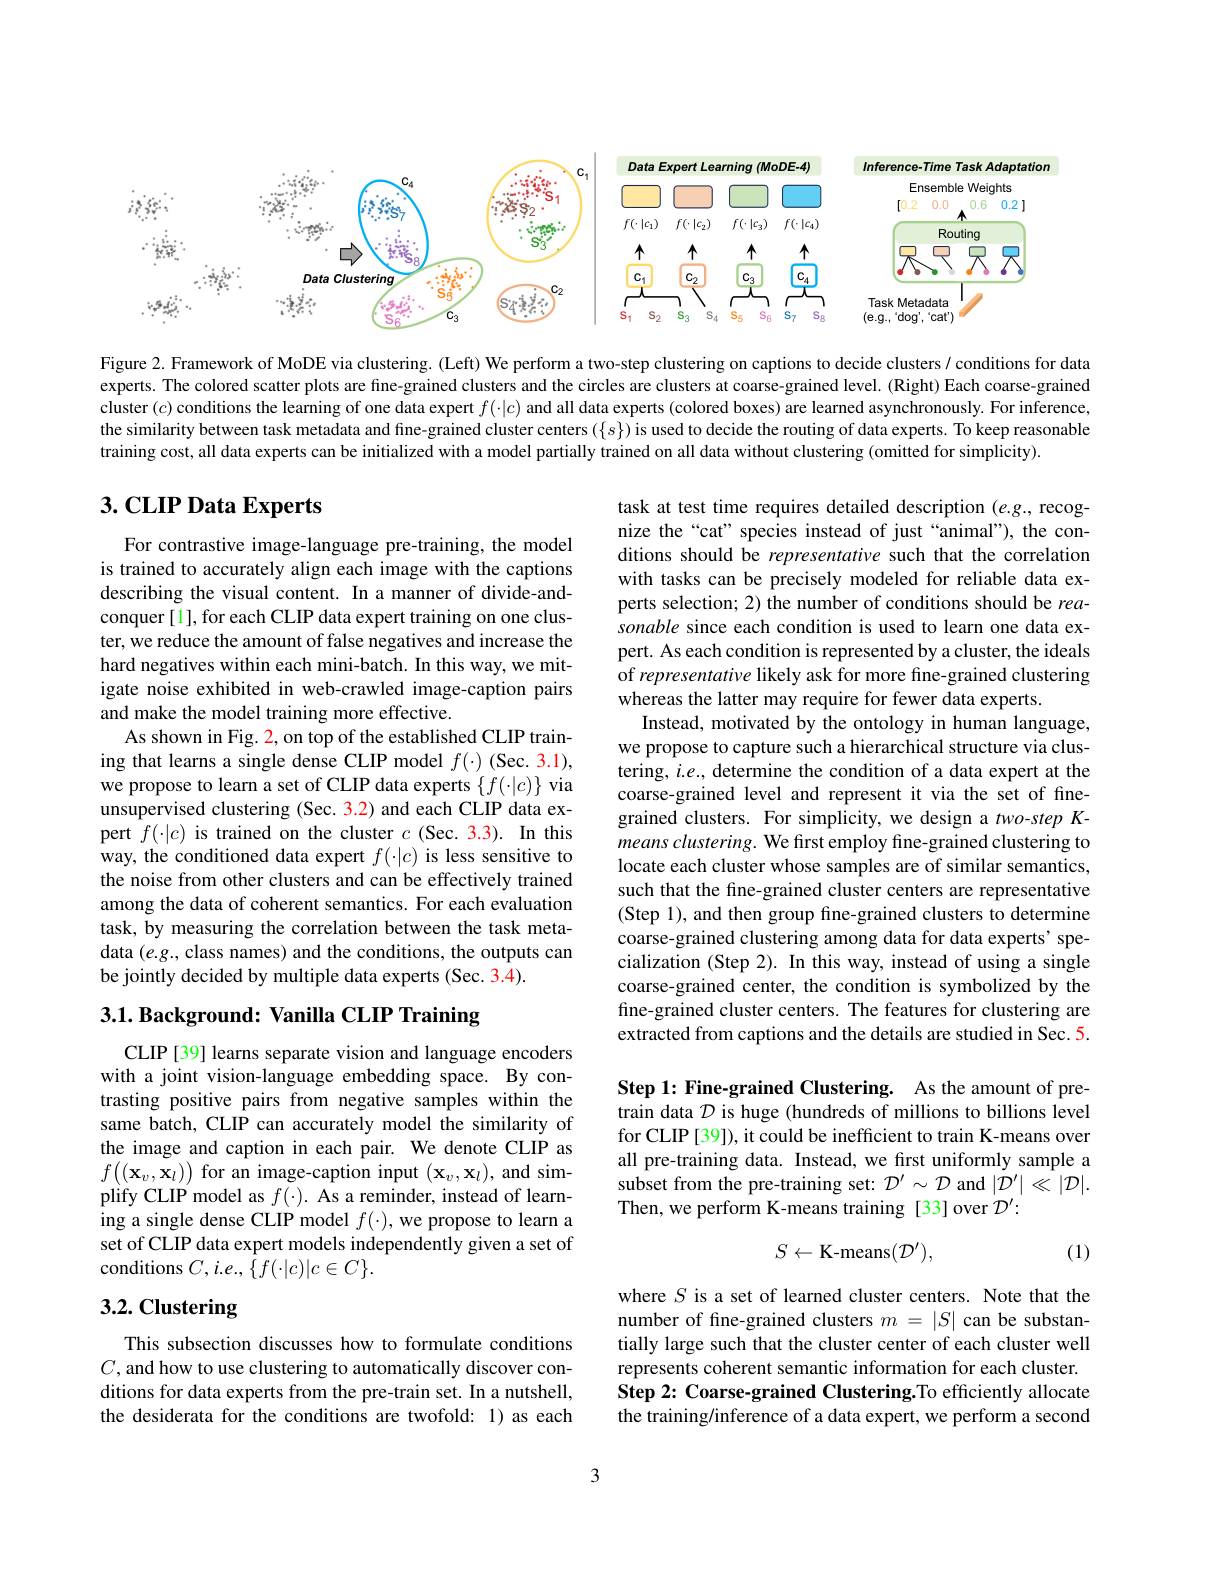
<FigureHere>

Figure 2. Framework of MoDE via clustering. (Left) We perform a two-step clustering on captions to decide clusters $\iota$ conditions for data experts. The colored scatter plots are fine-grained clusters and the circles are clusters at coarse-grained level. (Right) Each coarse-grained cluster $(c)$ conditions the learning of one data expert $f(\cdot|c)$ and all data experts (colored boxes) are learned asynchronously. For inference, the similarity between task metadata and fine-grained cluster centers $(\{s\})$ is used to decide the routing of data experts. To keep reasonable training cost, all data experts can be initialized with a model partially trained on all data without clustering (omitted for simplicity).

# $3. \textbf{CLIP Data Experts}$

For contrastive image-language pre-training, the model is trained to accurately align each image with the captions describing the visual content. In a manner of divide-andconquer [1], for each CLIP data expert training on one cluster, we reduce the amount of false negatives and increase the hard negatives within each mini-batch. In this way, we mitigate noise exhibited in web-crawled image-caption pairs and make the model training more effective.
As shown in Fig. 2, on top of the established CLIP training that learns a single dense CLIP model $f(\cdot)$ (Sec. 3.1), we propose to learn a set of CLIP data experts $\{f(\cdot|c)\}$ via unsupervised clustering (Sec. 3.2) and each CLIP data expert $f(\cdot|c)$ is trained on the cluster $c$ (Sec. 3.3). In this way, the conditioned data expert $f(\cdot|c)$ is less sensitive to the noise from other clusters and can be effectively trained among the data of coherent semantics. For each evaluation task, by measuring the correlation between the task metadata $(e.g.$, class names) and the conditions, the outputs can be jointly decided by multiple data experts (Sec. 3.4).

task at test time requires detailed description (e.g., recognize the“cat” species instead of just“animal"), the conditions should be representative such that the correlation with tasks can be precisely modeled for reliable data experts selection; 2) the number of conditions should be reasonable since each condition is used to learn one data expert. As each condition is represented by a cluster, the ideals of representative likely ask for more fine-grained clustering whereas the latter may require for fewer data experts.
Instead, motivated by the ontology in human language, we propose to capture such a hierarchical structure via clustering, $i.e.$, determine the condition of a data expert at the coarse-grained level and represent it via the set of finegrained clusters. For simplicity, we design a $two-stepK-$ means clustering. We first employ fine-grained clustering to locate each cluster whose samples are of similar semantics, such that the fine-grained cluster centers are representative (Step 1), and then group fine-grained clusters to determine coarse-grained clustering among data for data experts' specialization (Step 2). In this way, instead of using a single coarse-grained center, the condition is symbolized by the fine-grained cluster centers. The features for clustering are extracted from captions and the details are studied in Sec. 5.

3.1. Background: Vanilla CLIP Training

Step 1: Fine-grained Clustering. As the amount of pretrain data $D$ is huge (hundreds of millions to billions level for CLIP [39]), it could be inefficient to train K-means over all pre-training data. Instead, we first uniformly sample a $\hat{\text{subset from the pre- training set: }} \mathcal{D} ^{\prime }\sim \mathcal{D}$ and $|\dot{\mathcal{D}}^{\prime}|\ll|\mathcal{D}|.$ Then, we perform K-means training [33] over $\mathcal{D}^\prime:$

CLIP[39] learns separate vision and language encoders with a joint vision-language embedding space. By contrasting positive pairs from negative samples within the same batch, CLIP can accurately model the similarity of the image and caption in each pair. We denote CLIP as $f\Big((\mathbf{x}_{v},\mathbf{x}_{l})\Big)$for an image-caption input $(\mathbf{x}_{v},\mathbf{x}_{l})$,and simplify CLIP model as $f(\cdot).$ As a reminder, instead of learning a single dense CLIP model $f(\cdot)$, we propose to learn a set of CLIP data expert models independently given a set of ${\mathrm{conditions~}C,i.e.,\{f(\cdot|c)|c\in C\}}.$
$$S\leftarrow\mathrm{K-means}(\mathcal{D}^{\prime}),$$
(1)

# 3.2. Clustering

where $S$ is a set of learned cluster centers. Note that the number of fine-grained clusters $m=|S|$ can be substantially large such that the cluster center of each cluster well represents coherent semantic information for each cluster. Step 2: Coarse-grained Clustering.To efficiently allocate the training/inference of a data expert, we perform a second

This subsection discusses how to formulate conditions $C$, and how to use clustering to automatically discover conditions for data experts from the pre-train set. In a nutshell, the desiderata for the conditions are twofold: 1) as each

3